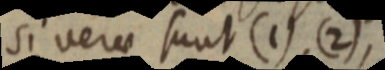
si verae sunt (1), (2),